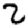
Digit: 2